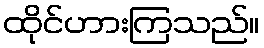
ထိုင်ဟားကြသည်။